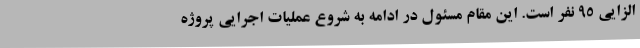
الزایی 95 نفر است. این مقام مسئول در ادامه به شروع عملیات اجرایی پروژه